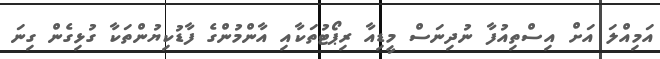
އަމިއްލަ އަށް އިސްތިއުފާ ނުދިނަސް މީޑިއާ ރިޕޯޓުތަކާއި އާންމުންގެ ފާޑުކިޔުންތަކާ ގުޅިގެން ގިނަ